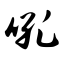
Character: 吼